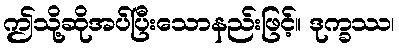
ဤသို့ဆိုအပ်ပြီးသောနည်းဖြင့်။ ဒုက္ခဿ၊